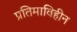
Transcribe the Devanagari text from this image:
प्रतिमाविहीन